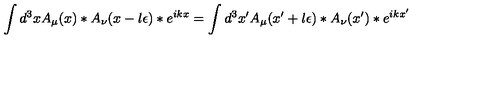
\int d ^ { 3 } x A _ { \mu } ( x ) \ast A _ { \nu } ( x - l \epsilon ) \ast e ^ { i k x } = \int d ^ { 3 } x ^ { \prime } A _ { \mu } ( x ^ { \prime } + l \epsilon ) \ast A _ { \nu } ( x ^ { \prime } ) \ast e ^ { i k x ^ { \prime } }